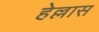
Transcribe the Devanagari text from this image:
हेल्लास